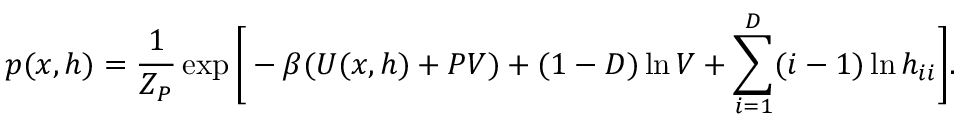
p ( x , h ) = \frac { 1 } { Z _ { P } } \exp \Bigg [ - \beta ( U ( x , h ) + P V ) + ( 1 - D ) \ln { V } + \sum _ { i = 1 } ^ { D } ( i - 1 ) \ln { h _ { i i } } \Bigg ] .